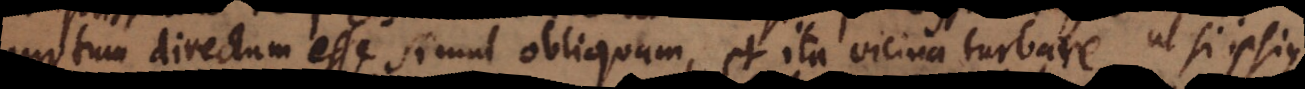
motum directum esse simul obliquum, et ita vicina turbare, ut si ipsius